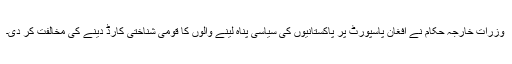
وزرات خارجہ حکام نے افغان پاسپورٹ پر پاکستانیوں کی سیاسی پناہ لینے والوں کا قومی شناختی کارڈ دینے کی مخالفت کر دی۔